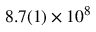
8 . 7 ( 1 ) \times 1 0 ^ { 8 }